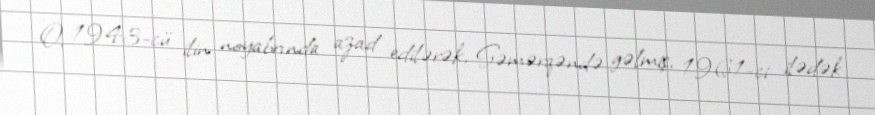
O, 1943-cü ilin noyabrında azad edilərək, Səmərqəndə gəlmiş, 1961-ci ilədək